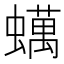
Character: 蠇